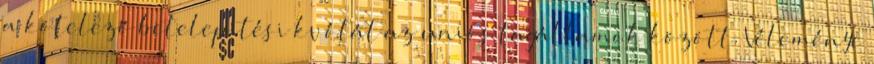
a kötelező betelepítési kvótát az uniós tagállamok között. Véleménye